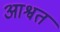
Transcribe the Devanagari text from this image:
आश्वत